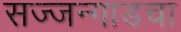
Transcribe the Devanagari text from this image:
सज्जन्गाडचा